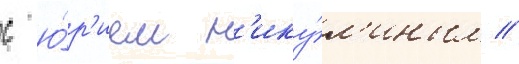
с ю́р'ием н'ику́л'иным //